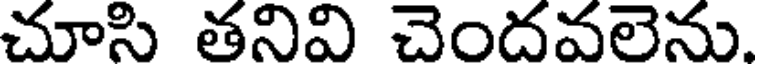
చూసి తనివి చెందవలెను.